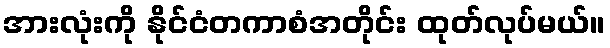
အားလုံးကို နိုင်ငံတကာစံအတိုင်း ထုတ်လုပ်မယ်။